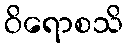
ဝိရောစသိ